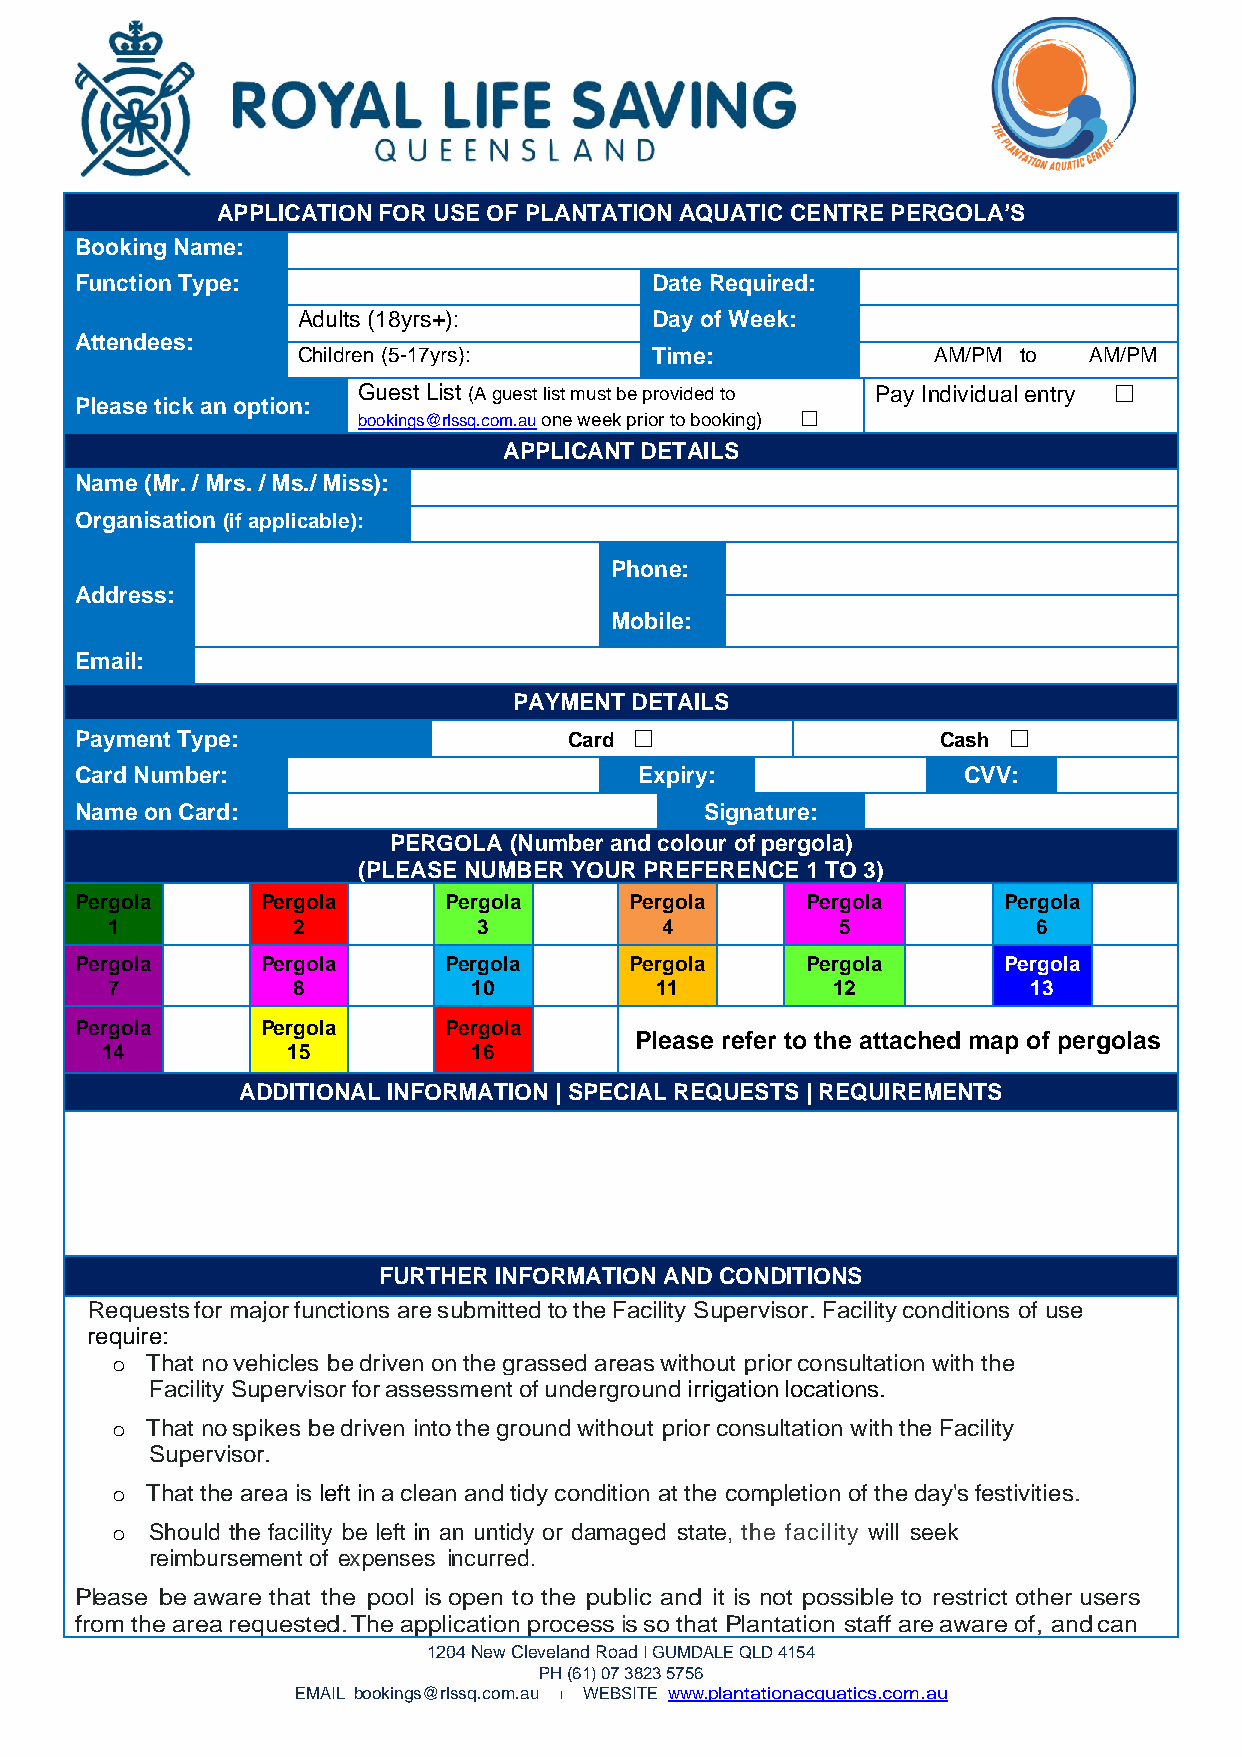
APPLICATION FOR USE OF PLANTATION AQUATIC CENTRE PERGOLA’S
 Booking Name:
 Function Type:                        Date Required:
 Adults (18yrs+):       Day of Week:
 Attendees:
 Children (5-17yrs):    Time:              AM/PM to  AM/PM
 Guest List (A guest list must be provided to Pay Individual entry ☐
 Please tick an option:
 bookings@rlssq.com.au one week prior to booking) ☐
 APPLICANT DETAILS
 Name (Mr. / Mrs. / Ms./ Miss):
 Organisation (if applicable):
 Phone:
 Address:
 Mobile:
 Email:
 PAYMENT DETAILS
 Payment Type:                    Card ☐                  Cash ☐
 Card Number:                         Expiry:               CVV:
 Name on Card:                             Signature:
 PERGOLA (Number and colour of pergola)
 (PLEASE NUMBER YOUR PREFERENCE 1 TO 3)
 Pergola     Pergola     Pergola      Pergola    Pergola      Pergola
 1           2            3           4           5            6
 Pergola     Pergola     Pergola      Pergola    Pergola      Pergola
 7           8           10          11          12           13
 Pergola     Pergola     Pergola
 Please refer to the attached map of pergolas
 14          15          16
 ADDITIONAL INFORMATION | SPECIAL REQUESTS | REQUIREMENTS
 FURTHER INFORMATION AND CONDITIONS
 Requests for major functions are submitted to the Facility Supervisor. Facility conditions of use
 require:
 o  That no vehicles be driven on the grassed areas without prior consultation with the
 Facility Supervisor for assessment of underground irrigation locations.
 o  That no spikes be driven into the ground without prior consultation with the Facility
 Supervisor.
 o  That the area is left in a clean and tidy condition at the completion of the day's festivities.
 o  Should the facility be left in an untidy or damaged state, the facility will seek
 reimbursement of expenses incurred.
 Please be aware that the pool is open to the public and it is not possible to restrict other users
 from the area requested. The application process is so that Plantation staff are aware of, and can
 1204 New Cleveland Road I GUMDALE QLD 4154
 PH (61) 07 3823 5756
 EMAIL bookings@rlssq.com.au 1 WEBSITE www.plantationacquatics.com.au